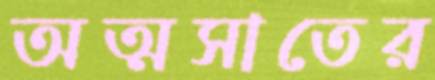
অত্মসাতের